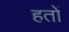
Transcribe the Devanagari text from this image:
हतों